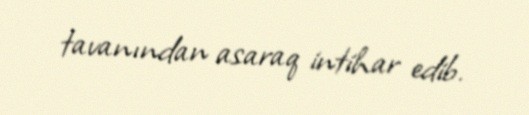
tavanından asaraq intihar edib.